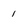
Character: 1